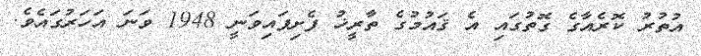
އުތުރު ކޮރެއާގެ ގޮތުގައި އެ ޤައުމުގެ ތާރީޚު ފެށިފައިވަނީ 1948 ވަނަ އަހަރުގައެވެ.